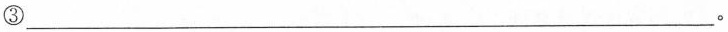
③___;